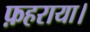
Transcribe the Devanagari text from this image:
फ़हराया।